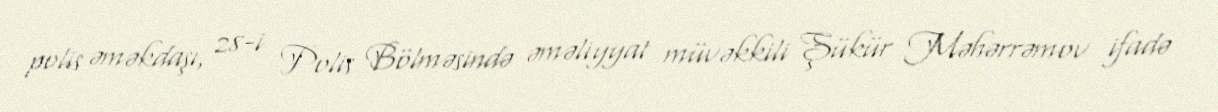
polis əməkdaşı, 28-i Polis Bölməsində əməliyyat müvəkkili Şükür Məhərrəmov ifadə